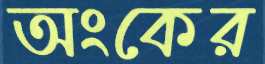
অংকের